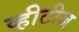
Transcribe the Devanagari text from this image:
व्हीटीज